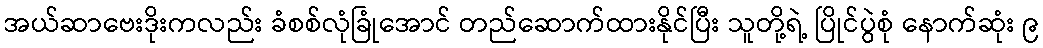
အယ်ဆာဗေးဒိုးကလည်း ခံစစ်လုံခြုံအောင် တည်ဆောက်ထားနိုင်ပြီး သူတို့ရဲ့ ပြိုင်ပွဲစုံ နောက်ဆုံး ၉